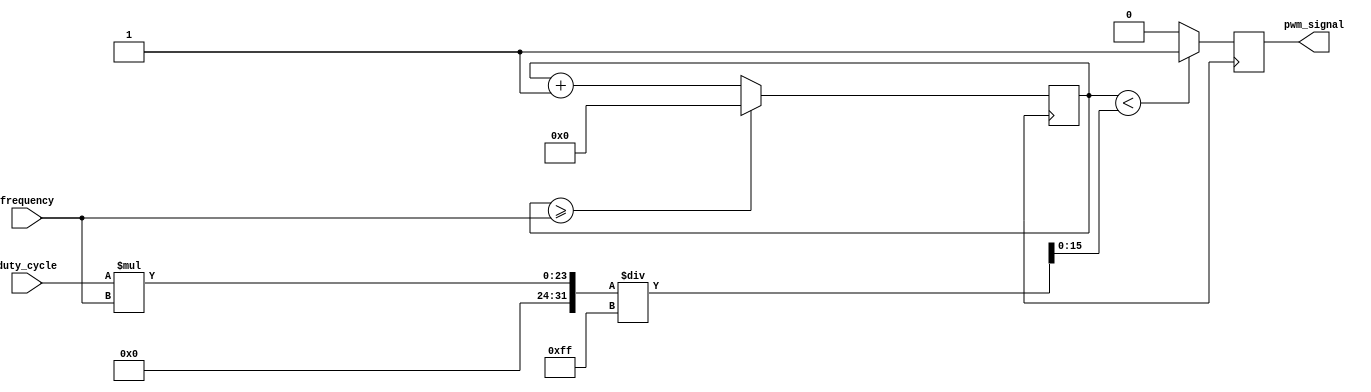
module PWM_Pulse_Generator (
    input wire [7:0] duty_cycle,
    input wire [15:0] frequency,
    output reg pwm_signal
);

reg [15:0] pulse_width;
reg [15:0] counter;

always @(posedge clock) begin
    if (counter < pulse_width) begin
        pwm_signal <= 1;
    end else begin
        pwm_signal <= 0;
    end
    counter <= counter + 1;
    if (counter >= frequency) begin
        counter <= 0;
    end
end

always @(*) begin
    pulse_width = (duty_cycle * frequency) / 255;
end

endmodule